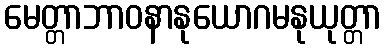
မေတ္တာဘာဝနာနုယောဂမနုယုတ္တာ